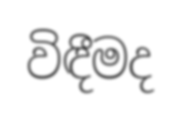
විඳීමද